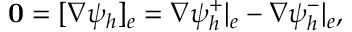
{ \mathbf 0 } = [ \nabla \psi _ { h } ] _ { e } = \nabla \psi _ { h } ^ { + } | _ { e } - \nabla \psi _ { h } ^ { - } | _ { e } ,